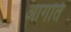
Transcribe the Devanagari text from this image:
आगति